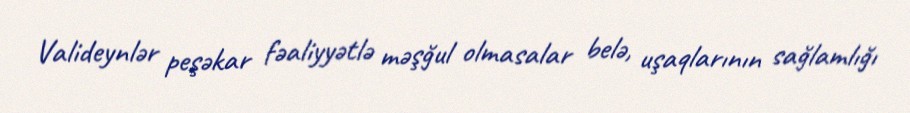
Valideynlər peşəkar fəaliyyətlə məşğul olmasalar belə, uşaqlarının sağlamlığı